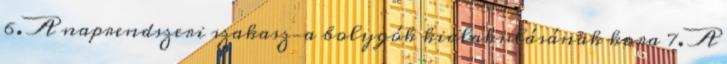
6. A naprendszeri szakasz—a bolygók kialakulásának kora 7. A